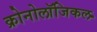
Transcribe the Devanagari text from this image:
क्रोनोलॉजिकल